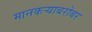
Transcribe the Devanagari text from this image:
मानकऱ्याबरोबर